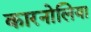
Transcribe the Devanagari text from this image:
कारनोलिया